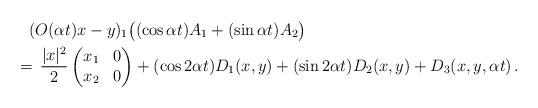
LaTeX: \begin{align*}&~~~ (O(\alpha t)x-y)_{1} \big ( (\cos\alpha t) A_1 + (\sin\alpha t) A_2 \big ) \\& \,=\, \frac{|x|^2}{2} \begin{pmatrix}x_1 & 0 \\x_2 & 0 \end{pmatrix} + (\cos 2\alpha t) D_1 (x,y) + (\sin 2\alpha t) D_2 (x,y) + D_3 (x,y, \alpha t)\,.\end{align*}